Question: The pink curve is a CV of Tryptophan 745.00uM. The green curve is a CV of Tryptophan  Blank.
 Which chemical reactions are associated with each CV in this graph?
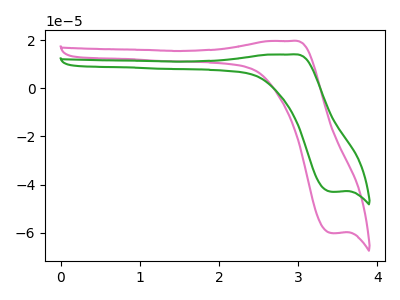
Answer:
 <answer>The pink curve is labeled "Tryptophan 745.00uM". The green curve is labeled "Tryptophan  Blank".</answer>
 <eval></eval>